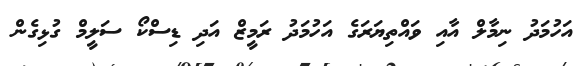
އަހުމަދު ނިމާލް އާއި ވައްތިޔަރަގެ އަހުމަދު ރަމީޒް އަދި ޑިސްކޯ ސަލީމް ގުޅިގެން